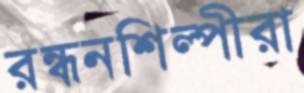
রন্ধনশিল্পীরা